Bréfritari: Sigríður Pálsdóttir
Viðtakandi: Páll Pálsson
Dagsetning: A-1869-04-12
Skrifað á: Breiðabólsstað  Rang.
Páll var bróðir Sigríðar

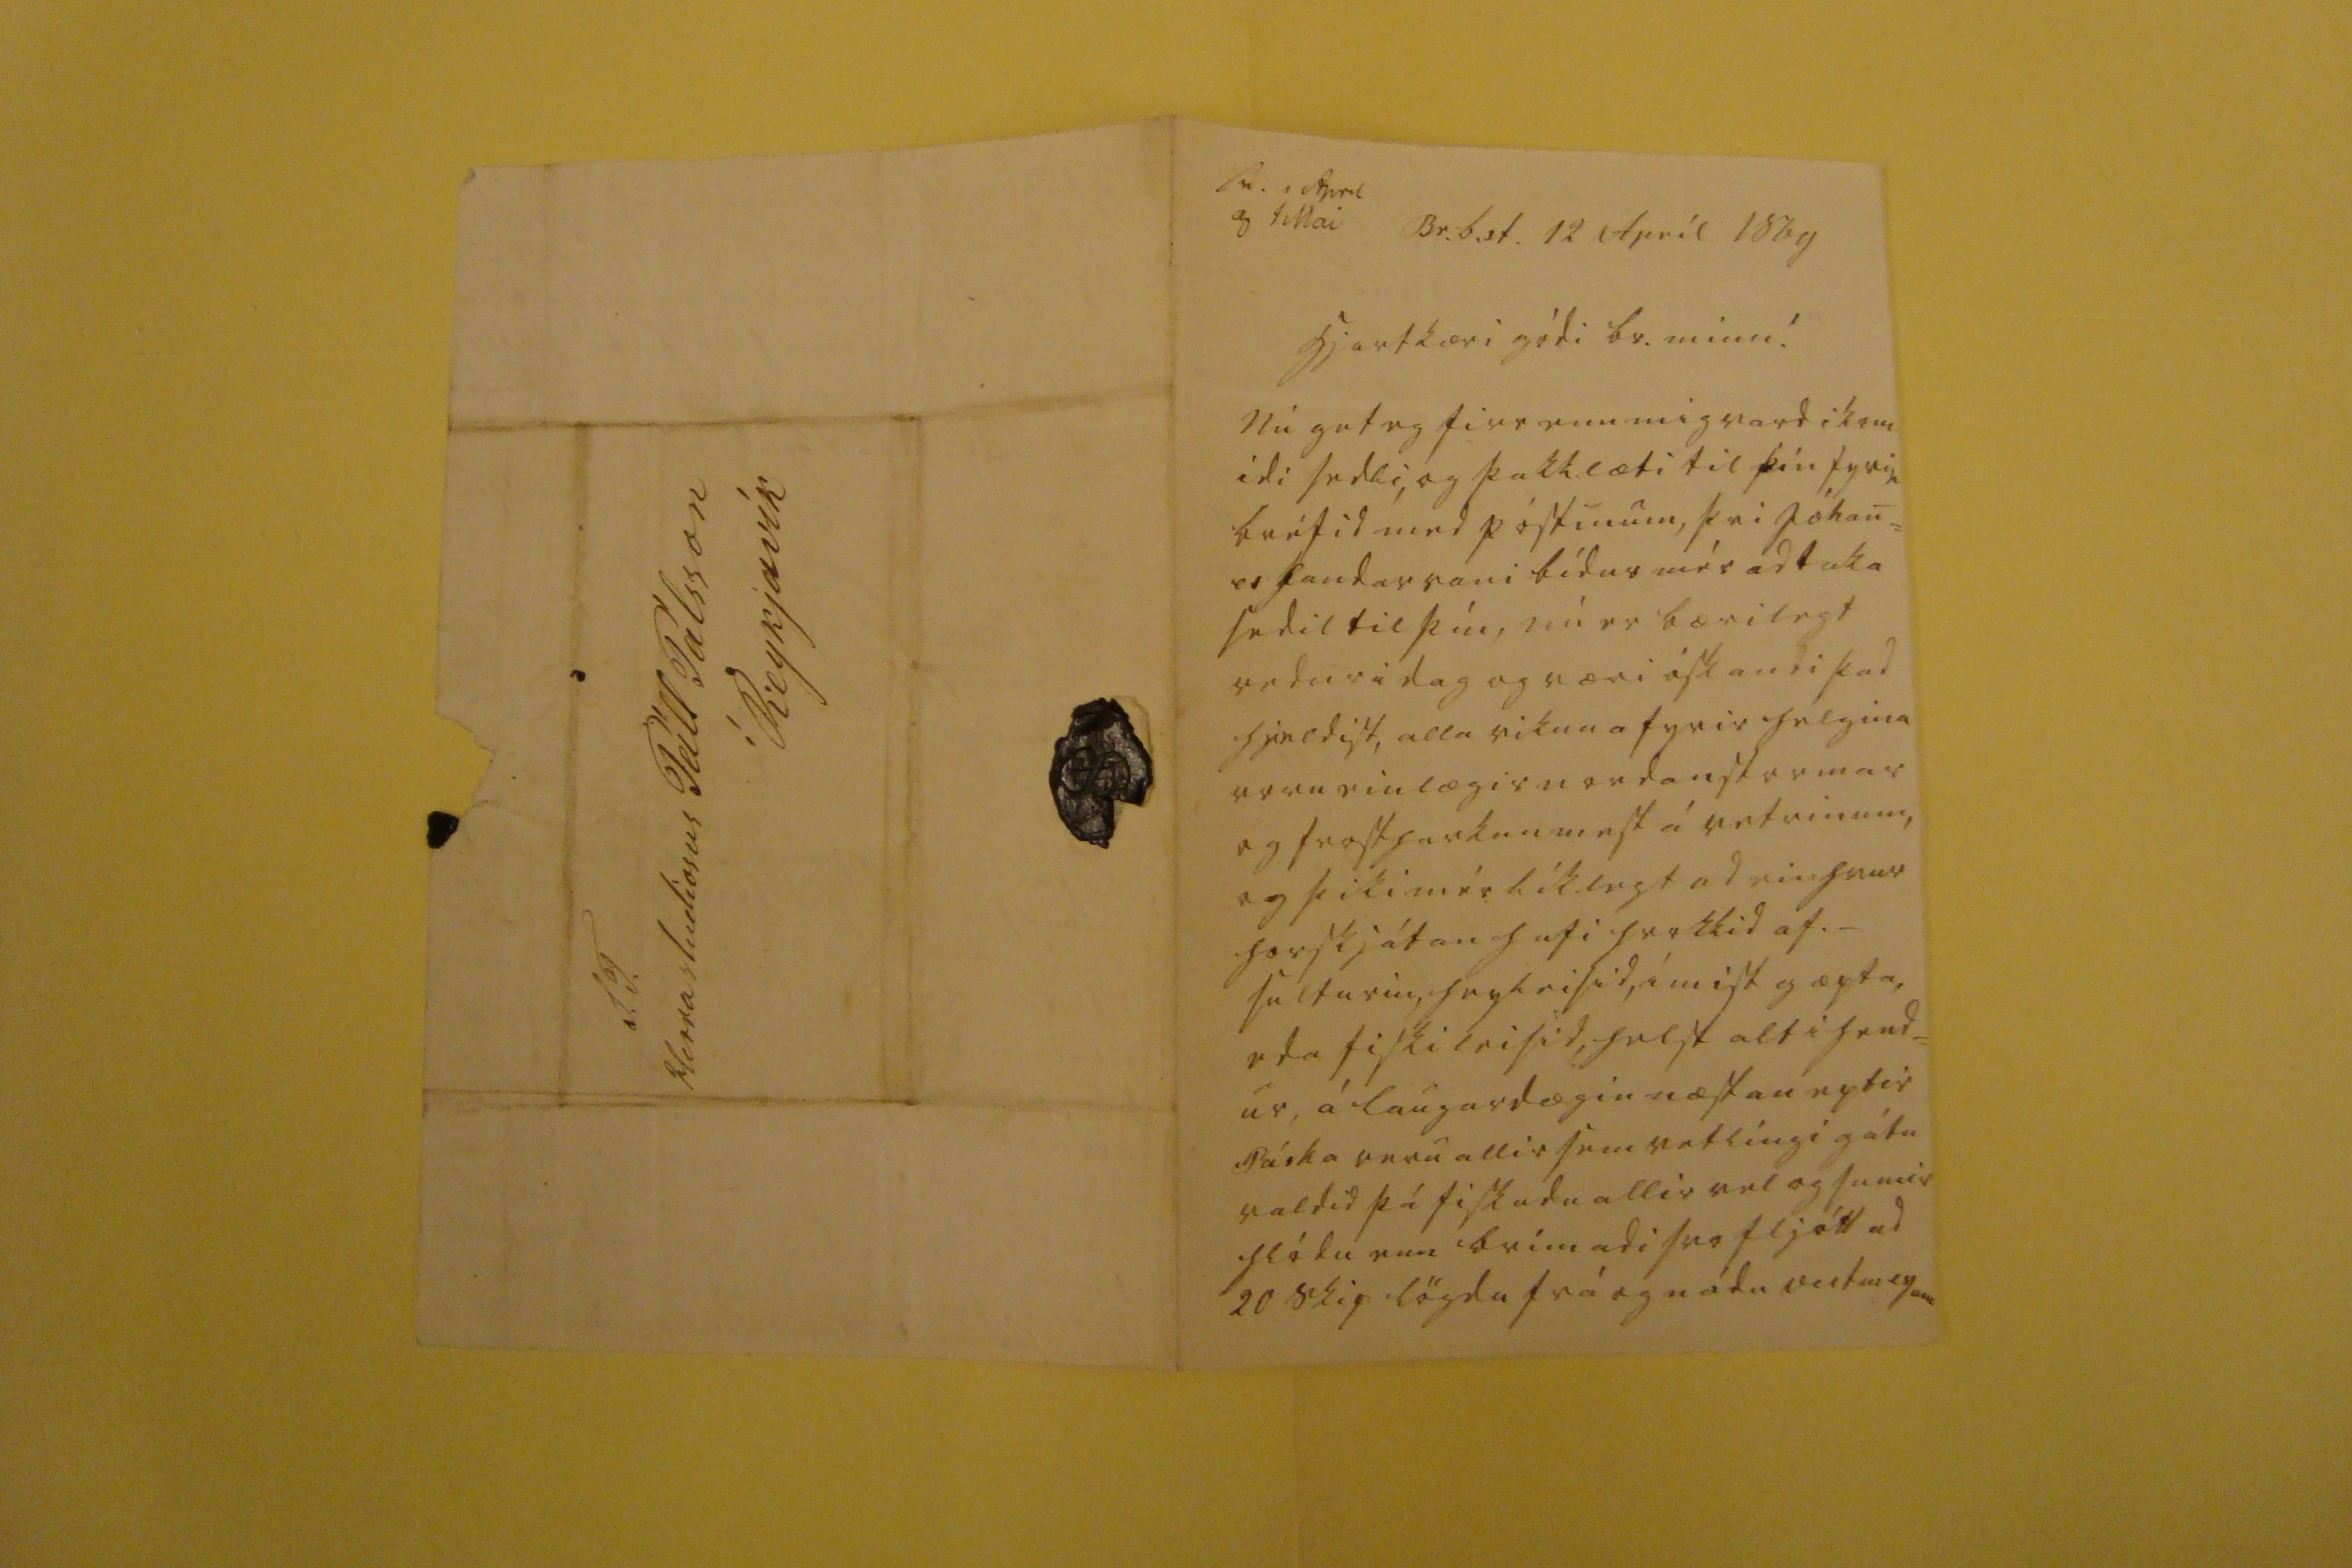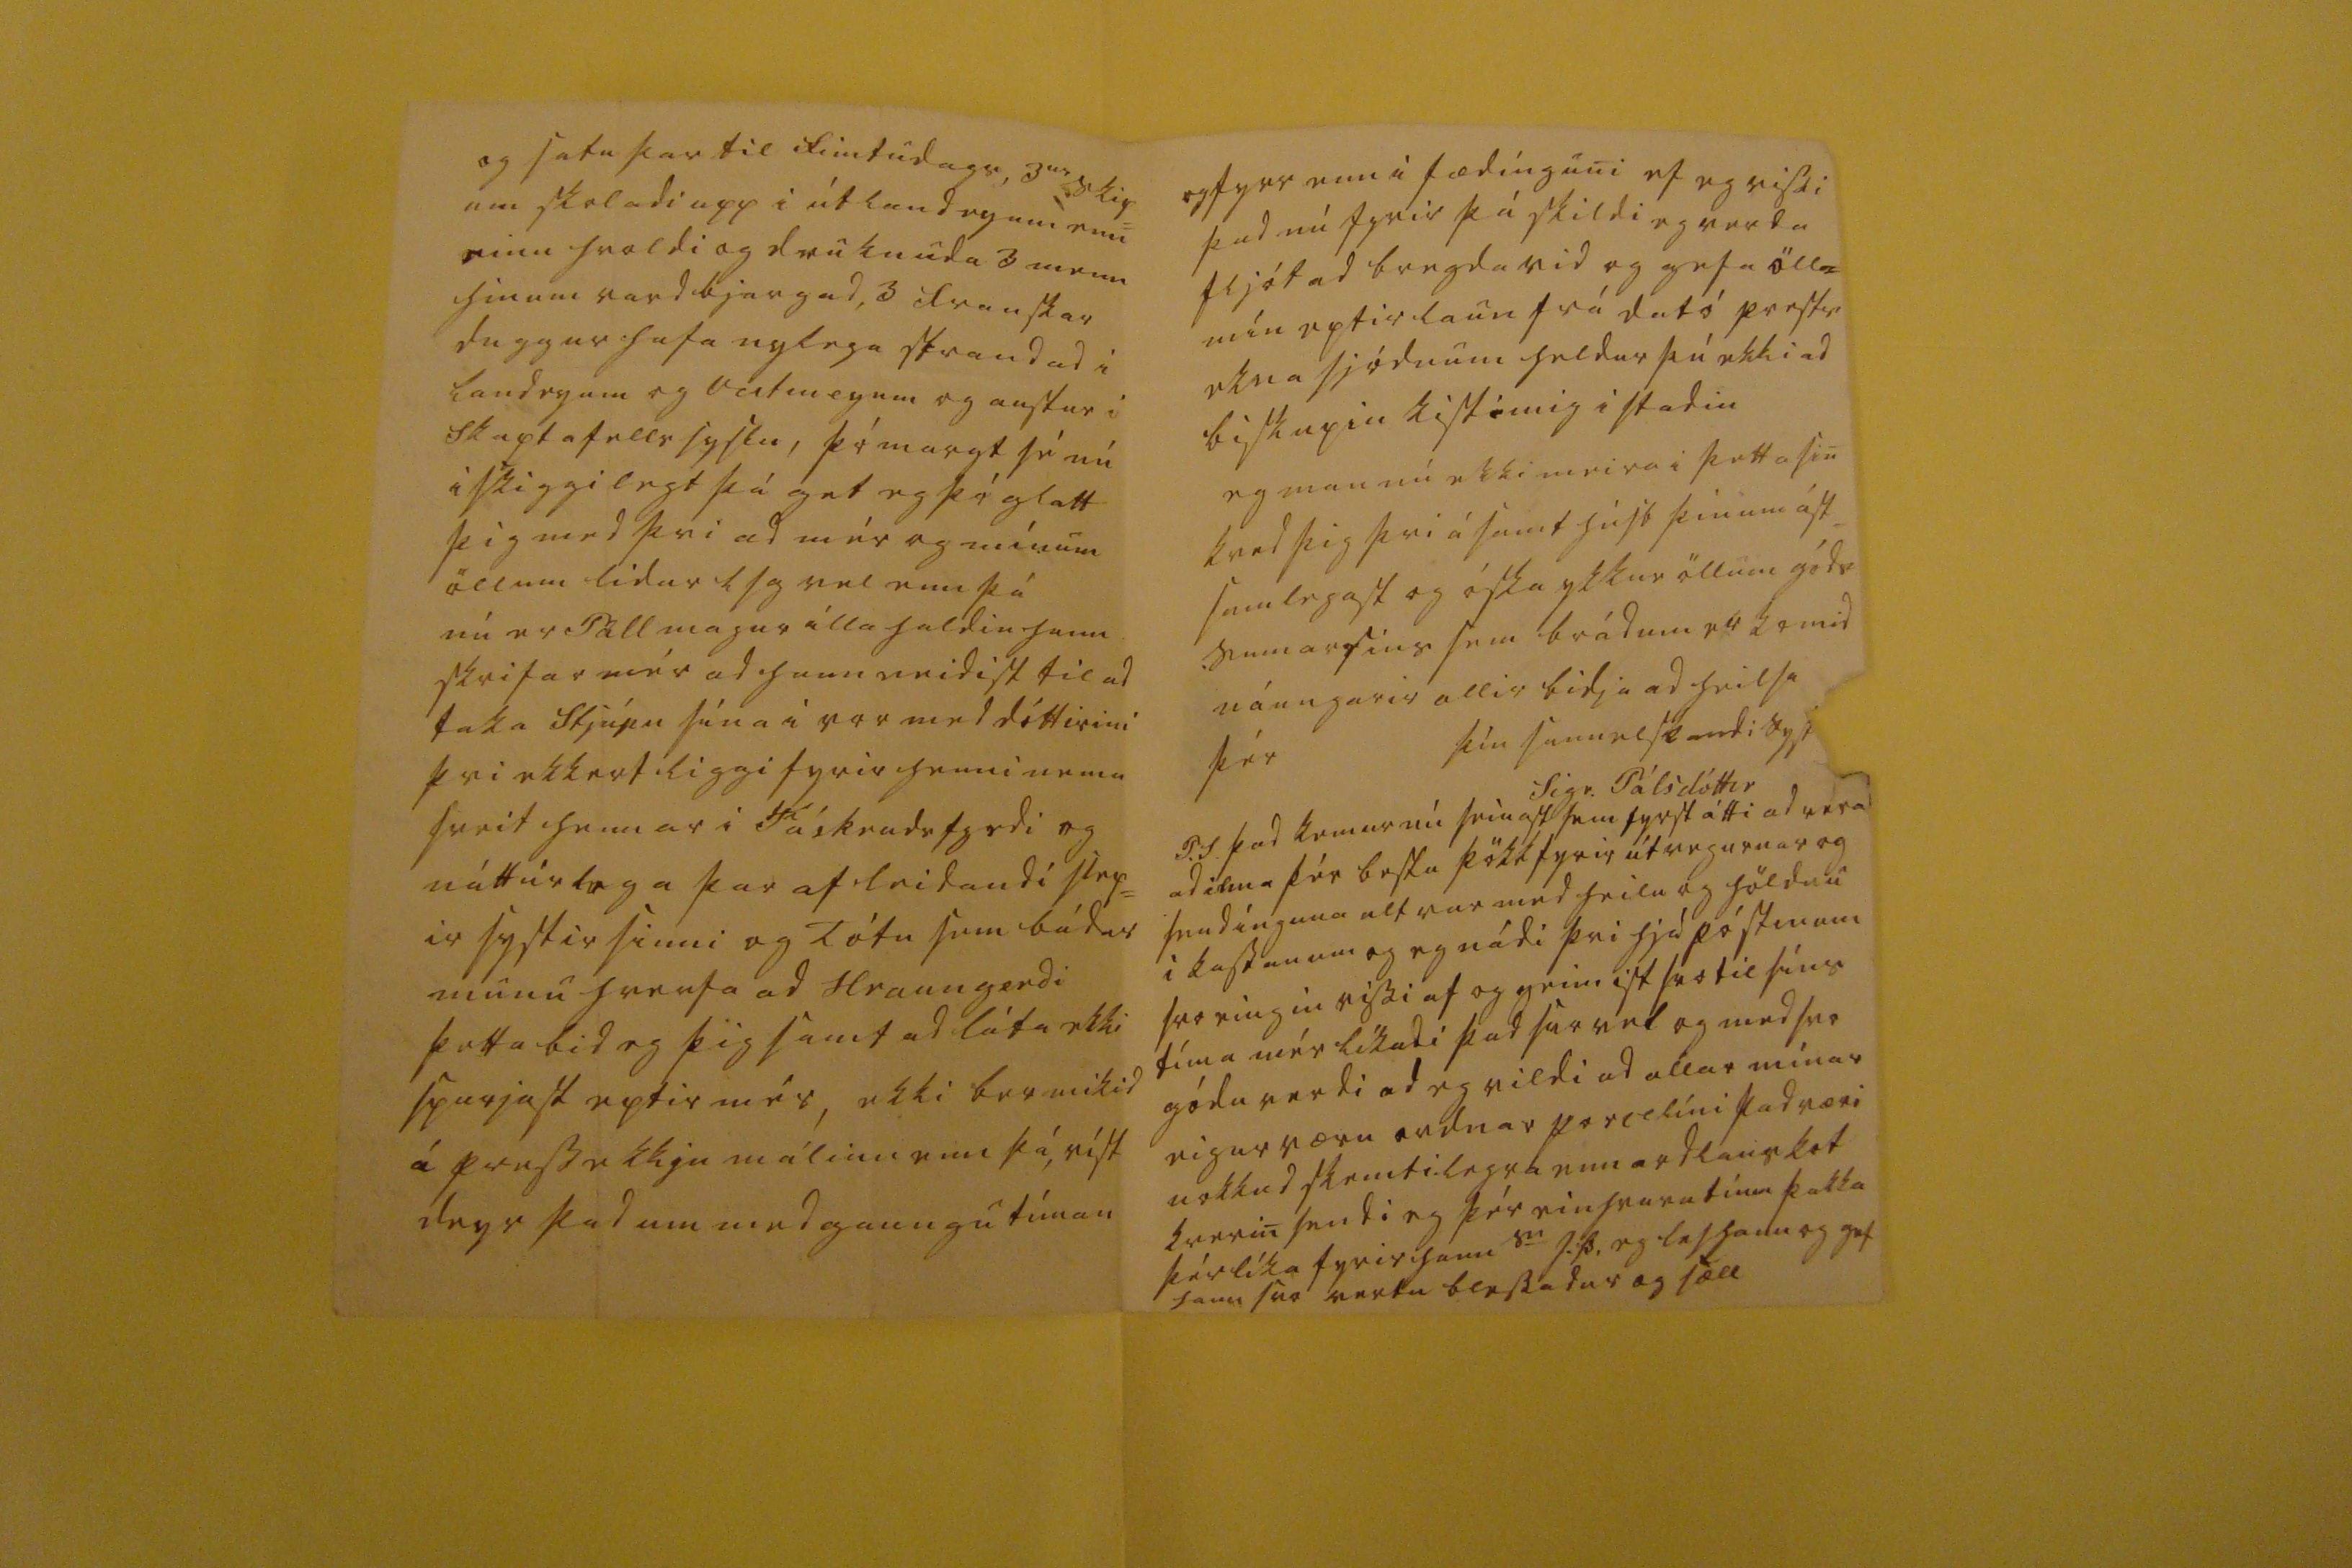

sv. 0 April og 1 Mai
Br.b.st. 12 Apríl 1869
hjartkæri gódi br. minn!
Nú get eg firr enn mig vardi kom id i sedli, og þakklæti til þín fyrir bréfid med póstinum, þvi Jóhan= es handarvani bídur mér ad taka sedil til þín, nú er bærilegt vedur i dag og væri óskandi þad hjeldist, alla vikuna fyrir helgina voru einlægir nordanstormar og frostharkan mest á vetrinum, og þiki mér líklegt ad einhvur horskjátan hafi hrokkid af._ sulturin, hugleisid, ímist gæpta, eda fiskileisid, helst alt i hend= ur, á laugardægin næstan eptir Páska voru allir sem vetlíngi gátu valdid þá fiskudu allir vel og sumir hlódu enn brímadi svo fljótt ad 20 skip lögdu frá og nádu vestmeyum
og satu þar til fimtudags, 3
ur
skip= um skoladi upp i útlandeyum enn einu hvoldi og druknudu 3 menn hinum vard bjargad, 3 traustar duggur hafa nylega strandad i landeyum og vestmeyum og austur i Skaptafells syslu, þó margt sé nú iskiggilegt þá get eg þó glatt þig med þvi ad mér og mínum öllum lídur l s g vel enn þá nú er Páll magur illa haldin hann skrifar mér ad hann neidist til ad taka Stjúpu sína i vor med dóttirini þvi ekkert liggi fyrir henni nema sveit hennar i Fáskrudsfyrdi og náttúrlega þar af leidandi slep= ir systir sinni og Tótu sem bádar munu hverfa ad Hraungerdi þetta bid eg þig samt ad láta ekki spurjast eptir me´r, ekki ber mikid á pressekkju málinu enn þá, víst deyr þad um medgaungu tíman
og fyrr enn i fædinguni ef eg vissi þad nú fyrir þá skildi eg verda fljót ad bregda vid og gefa öll= mín eptir laun frá dató prestr ekna sjódnum heldur þú ekki ad biskupin kisti mig i stadin eg man nú ekki meira i þetta sin kved þig þvi ásamt húsb þínum ást= samlegast og óska ykkur öllum góds sumarsins sem brádum er komid náungarir allir bidja ad heilsa þér
þín sannelskandi syst
Sigr. Pálsdóttir
P.S. þad kemur nú seinast sem fyrst átti ad vera ad ilma þér bestu þökk fyrir útvegurnar og sendínguna alt var med heilu og höldnu i kassanum og eg nádi þvi hjá póstinum svo eingin vissi af og greinist svo til síns tíma mér líkadi þad svo vel og med svo gódu verdi ad eg vildi ad allar mínar eigur væru ordnar porcelíni þad væri nokkud skemtilegra enn ordlaus kot kverin sendi eg þér einhvurn tíma þakka þér líka fyrir hann s
0
J.Þ, eg les hann og gef hann svo vertu blessadur og sæll
S.T. Herra studiosus Páll Pálsson í Reykjavík